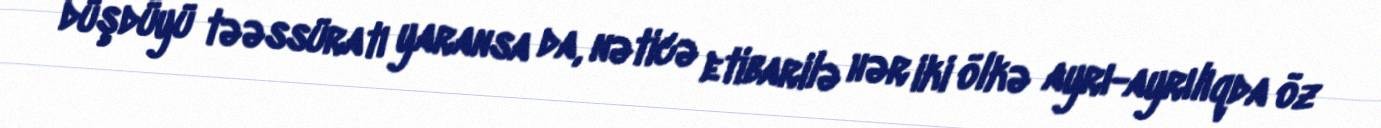
düşdüyü təəssüratı yaransa da, nəticə etibarilə hər iki ölkə ayrı-ayrılıqda öz